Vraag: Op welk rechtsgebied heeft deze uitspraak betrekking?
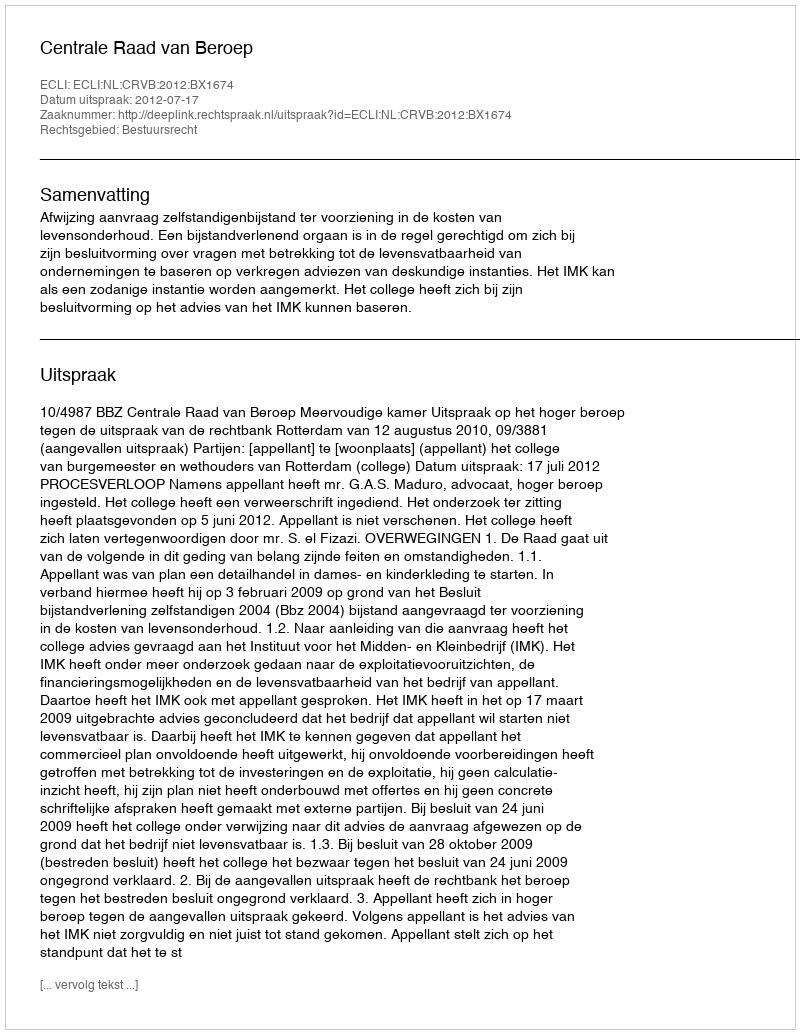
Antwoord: Bestuursrecht